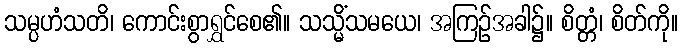
သမ္ပဟံသတိ၊ ကောင်းစွာရွှင်စေ၏။ သသ္မိံသမယေ၊ အကြဉ်အခါ၌။ စိတ္တံ၊ စိတ်ကို။